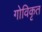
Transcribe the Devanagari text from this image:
गोविकृत